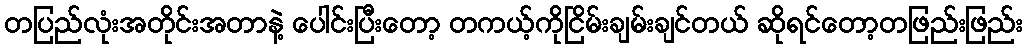
တပြည်လုံးအတိုင်းအတာနဲ့ ပေါင်းပြီးတော့ တကယ့်ကိုငြိမ်းချမ်းချင်တယ် ဆိုရင်တော့တဖြည်းဖြည်း